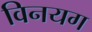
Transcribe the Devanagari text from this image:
विनयग